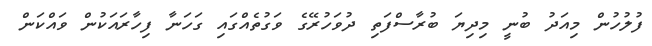
ފުލުހުން މިއަދު ބުނީ މިދިޔަ ބުރާސްފަތި ދުވަހުރޭގެ ވަގުތެއްގައި ގަހަނާ ފިހާރައަކުން ވައްކަން